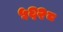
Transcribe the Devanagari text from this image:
५६२८